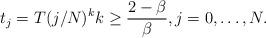
LaTeX: \begin{align*} t_j = T (j/N)^k k \geq \frac{2-\beta}{\beta}, j = 0,\dots,N.\end{align*}